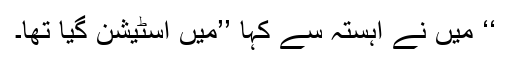
‘‘ میں نے آہستہ سے کہا ’’میں اسٹیشن گیا تھا۔